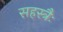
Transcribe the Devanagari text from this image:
सहस्त्रैः